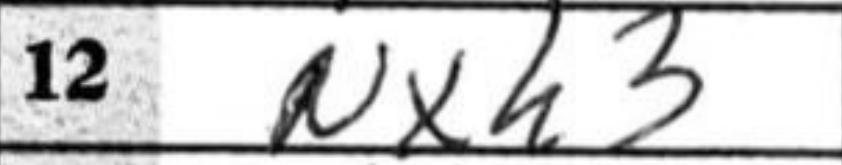
Transcription: Nxh3